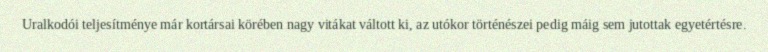
Uralkodói teljesítménye már kortársai körében nagy vitákat váltott ki, az utókor történészei pedig máig sem jutottak egyetértésre.